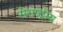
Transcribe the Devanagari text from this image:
सेराष्ट्रीय